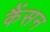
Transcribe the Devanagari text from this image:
कैंसन